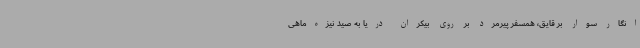
انگار سوار بر قایق، همسفر پیرمرد بر روی بیکران دریا به صید نیزه‌ماهی